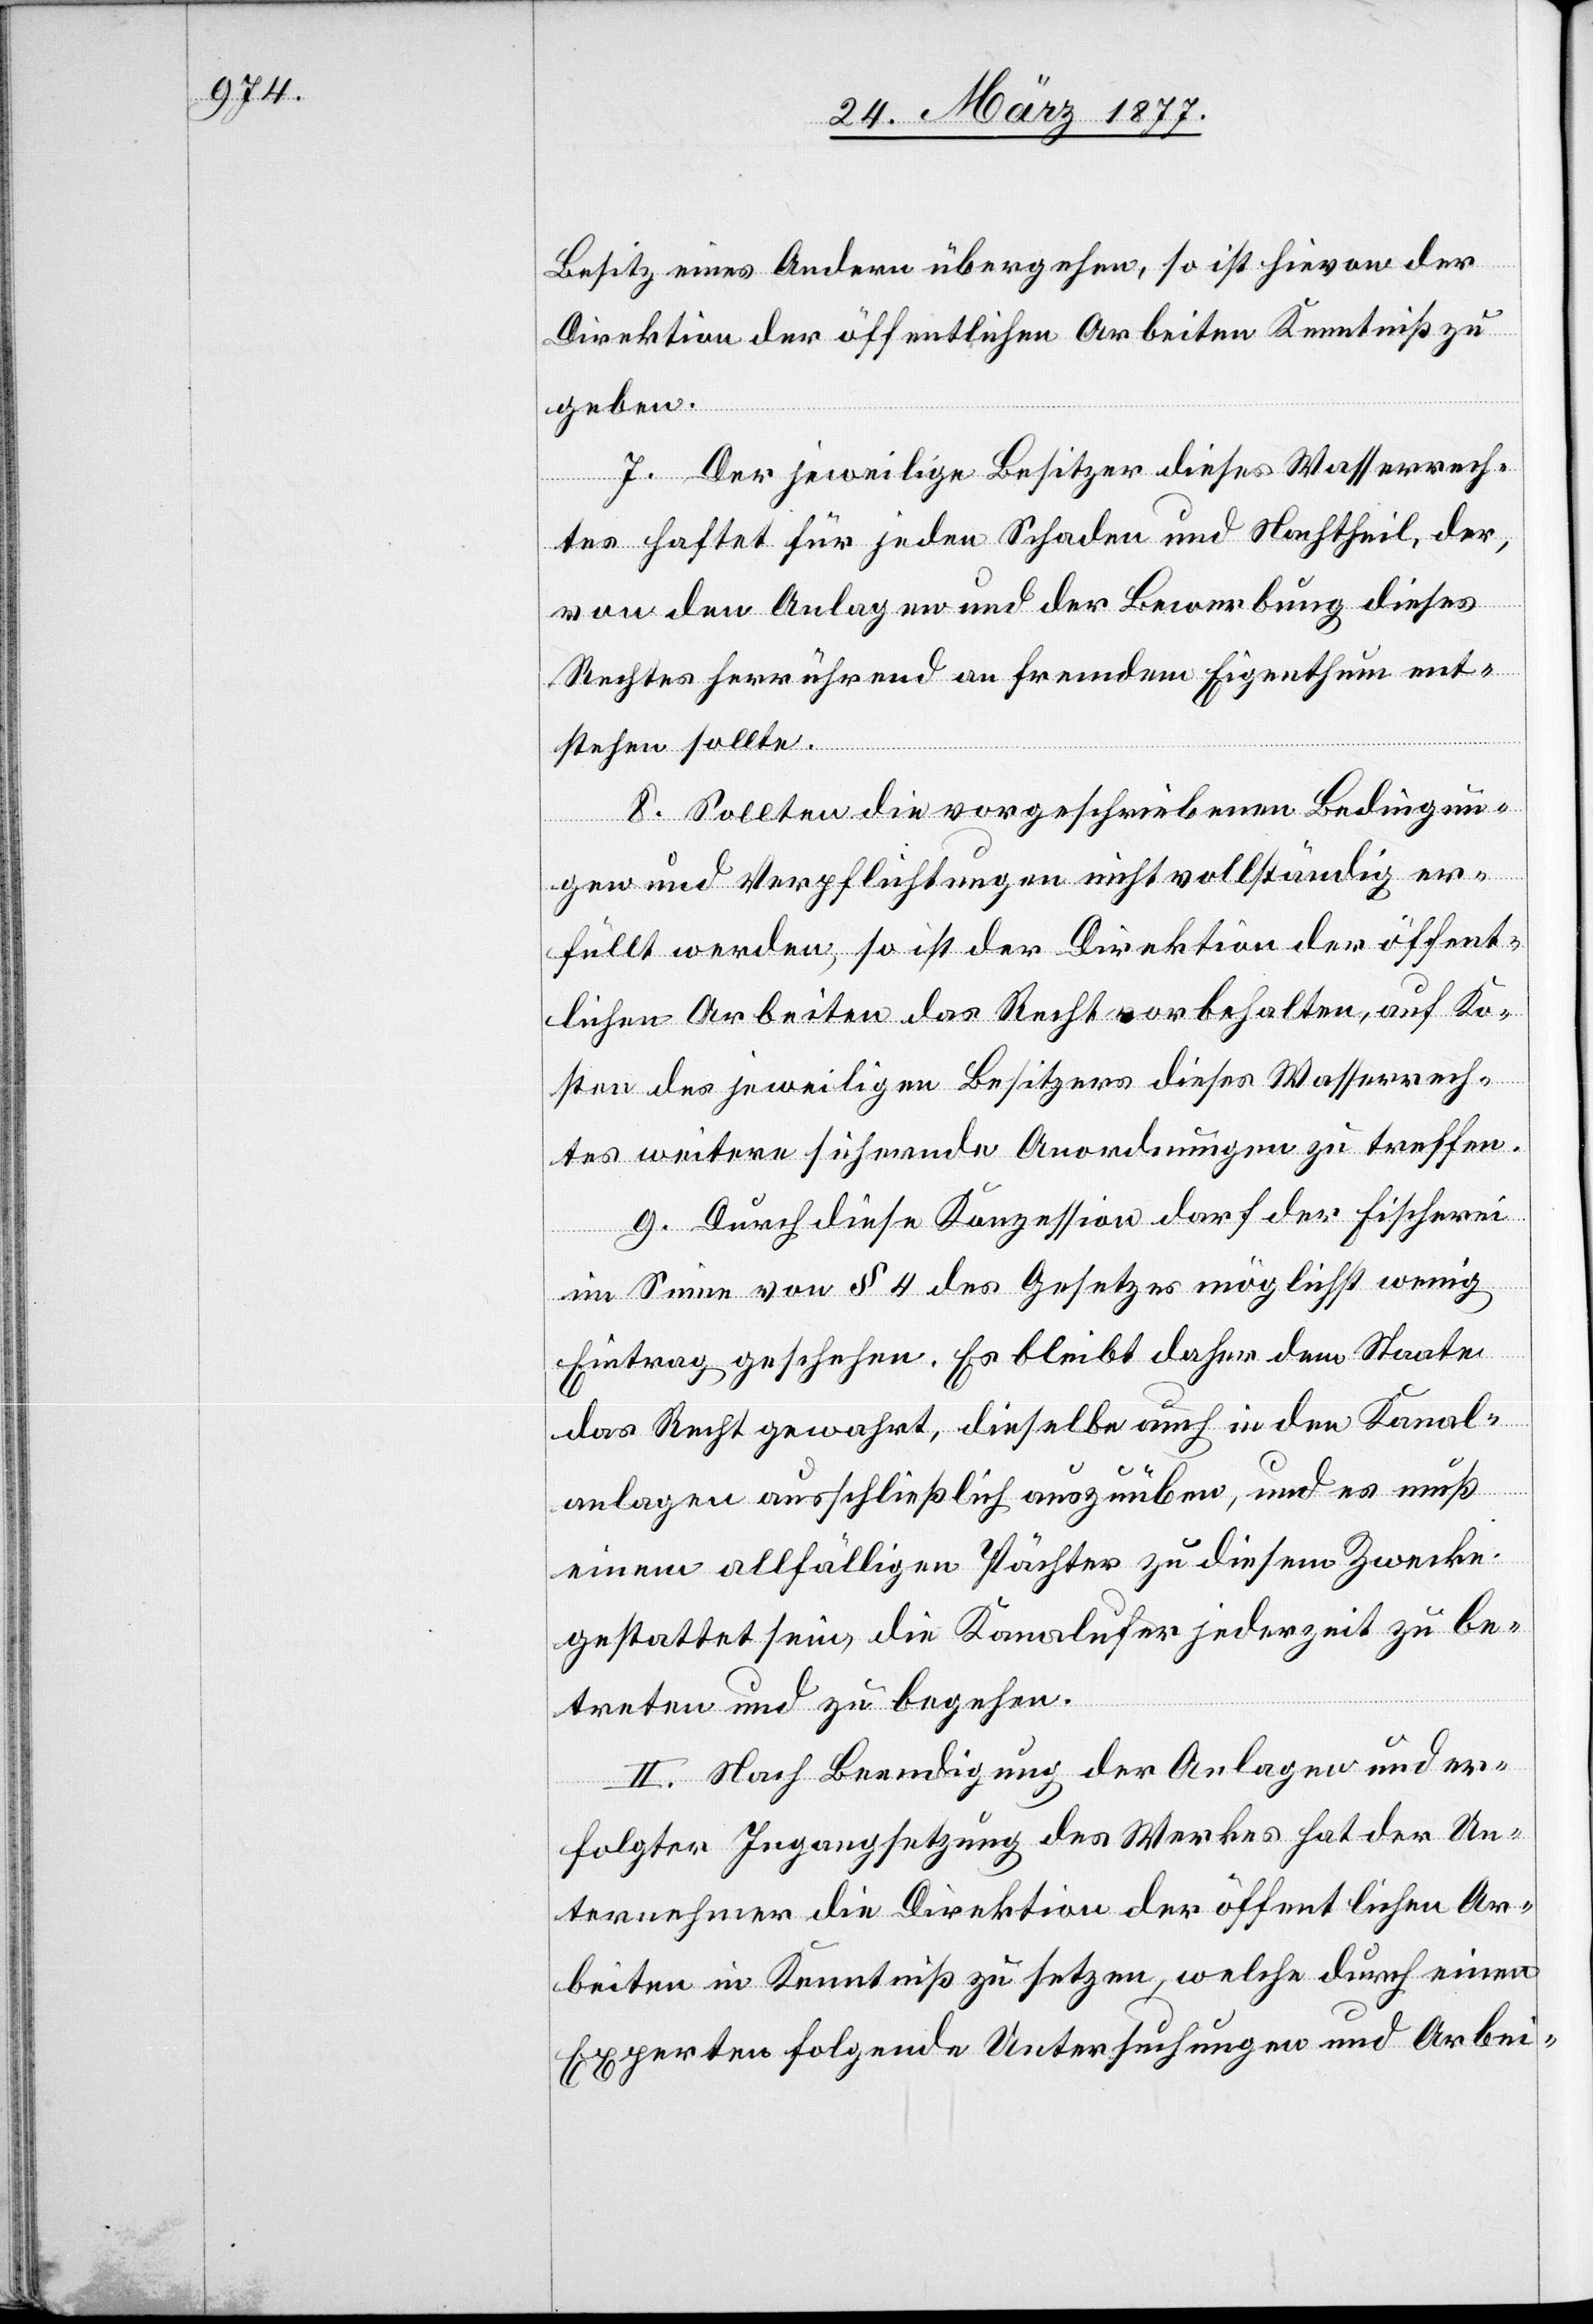
Besitz eines Andern übergehen, so ist hievon der
Direktion der öffentlichen Arbeiten Kenntniß zu
geben.
7. Der jeweilige Besitzer dieses Wasserrech¬
tes haftet für jeden Schaden und Nachtheil, der,
von den Anlagen und der Bewerbung dieses
Rechtes herrührend an fremdem Eigenthum ent¬
stehen sollte.
8. Sollten die vorgeschriebenen Bedingun¬
gen und Verpflichtungen nicht vollständig er¬
füllt werden, so ist der Direktion der öffent¬
lichen Arbeiten das Recht vorbehalten, auf Ko¬
sten des jeweiligen Besitzers dieses Wasserrech¬
tes weitere sichernde Anordnungen zu treffen.
9. Durch diese Konzession darf der Fischerei
im Sinne von § 4 des Gesetzes möglichst wenig
Eintrag geschehen. Es bleibt daher dem Staate
das Recht gewahrt, dieselbe auch in den Kanal¬
anlagen ausschließlich auszuüben, und es muß
einem allfälligen Pächter zu diesem Zwecke
gestattet sein, die Kanalufer jederzeit zu be¬
treten und zu begehen.
II. Nach Beendigung der Anlagen und er¬
folgter Ingangsetzung des Werkes hat der Un¬
ternehmer die Direktion der öffentlichen Ar¬
beiten in Kenntniß zu setzen, welche durch einen
Experten folgende Untersuchungen und Arbei-